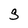
Character: S